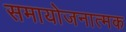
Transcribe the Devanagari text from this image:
समायोजनात्मक